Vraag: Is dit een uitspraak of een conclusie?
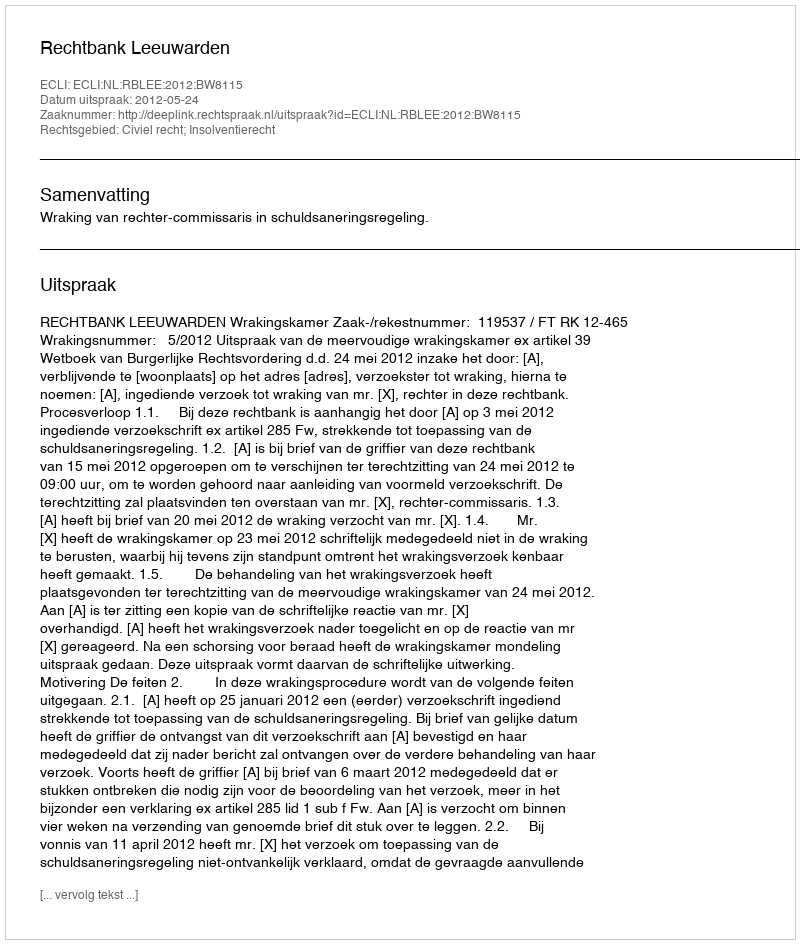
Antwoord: Uitspraak